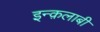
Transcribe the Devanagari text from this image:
इन्क़लाबी